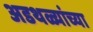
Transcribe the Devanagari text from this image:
अडथळ्यांच्या